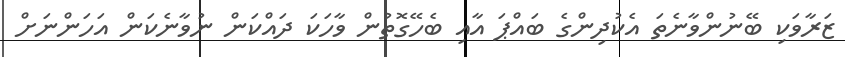
ޒަރާވަކި ބޭނުންވާނެތަ އެކުދިންގެ ބައްޕަ އާއި ބެހޭގޮތުން ވާހަކަ ދައްކަން ނުވާނެކަން އަހަންނަށް